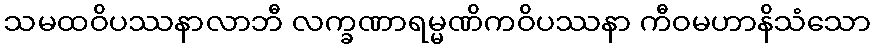
သမထဝိပဿနာလာဘီ လက္ခဏာရမ္မဏိကဝိပဿနာ ကီဝမဟာနိသံသော